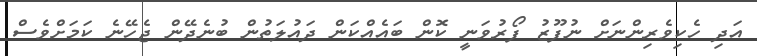
އަދި ހެކިވެރިންނަށް ނުފޫޒު ފޯރުވަނީ ކޮން ބައެއްކަން ދައުލަތުން ބުނެދޭން ޖެހޭނެ ކަމަށްވެސް